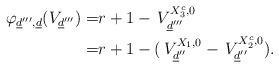
LaTeX: \begin{align*}\,\varphi_{\underline{d}''',\underline{d}}(V_{\underline{d}'''})=&r+1-\,V_{\underline{d}'''}^{X_{3}^{c},0} \\=&r+1-(\,V_{\underline{d}''}^{X_1,0}-\,V_{\underline{d}''}^{X_{2}^{c},0}).\end{align*}